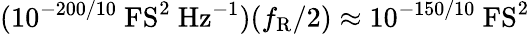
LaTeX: (10^{-200/10}~\mathrm{FS}^{2}~\mathrm{Hz}^{-1})(f_{\mathrm{R}}/2)\approx 10^{-150/10}~\mathrm{FS^{2}}